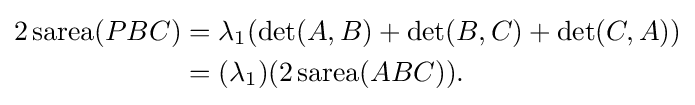
{\begin{aligned}2\operatorname {sarea} (PBC)&=\lambda _{1}(\det(A,B)+\det(B,C)+\det(C,A))\\&=(\lambda _{1})(2\operatorname {sarea} (ABC)).\end{aligned}}